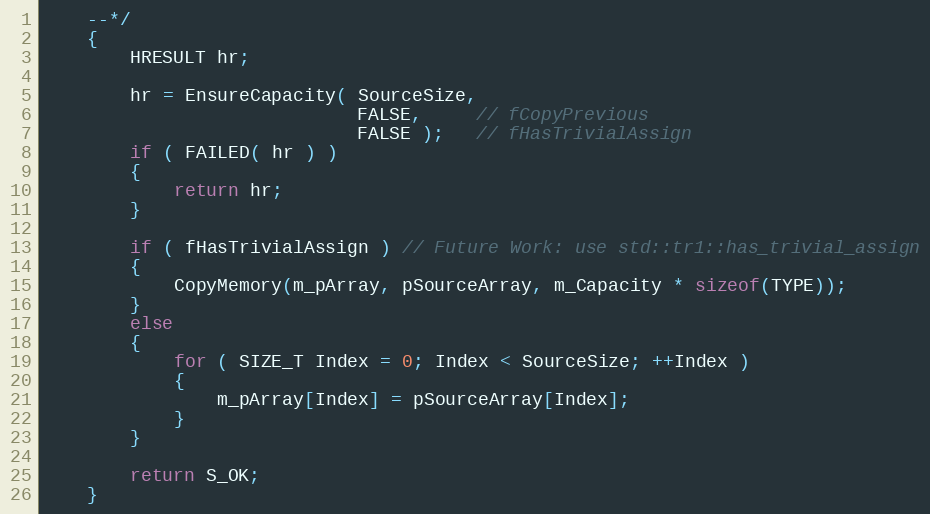
Language: C
    --*/
    {
        HRESULT hr;

        hr = EnsureCapacity( SourceSize,
                             FALSE,     // fCopyPrevious
                             FALSE );   // fHasTrivialAssign
        if ( FAILED( hr ) )
        {
            return hr;
        }

        if ( fHasTrivialAssign ) // Future Work: use std::tr1::has_trivial_assign
        {
            CopyMemory(m_pArray, pSourceArray, m_Capacity * sizeof(TYPE));
        }
        else
        {
            for ( SIZE_T Index = 0; Index < SourceSize; ++Index )
            {
                m_pArray[Index] = pSourceArray[Index];
            }
        }

        return S_OK;
    }